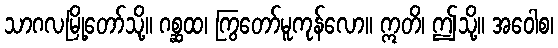
သာဂလမြို့တော်သို့။ ဂစ္ဆထ၊ ကြွတော်မူကုန်လော။ ဣတိ၊ ဤသို့။ အဝေါစ၊